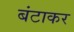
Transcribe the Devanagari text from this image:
बंटाकर